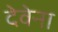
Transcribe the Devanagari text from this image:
देवेना